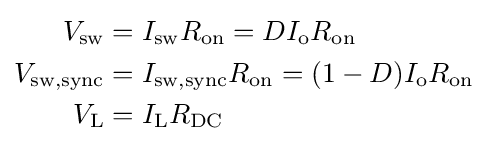
{\begin{aligned}V_{\text{sw}}&=I_{\text{sw}}R_{\text{on}}=DI_{\text{o}}R_{\text{on}}\\V_{\text{sw,sync}}&=I_{\text{sw,sync}}R_{\text{on}}=(1-D)I_{\text{o}}R_{\text{on}}\\V_{\text{L}}&=I_{\text{L}}R_{\text{DC}}\end{aligned}}